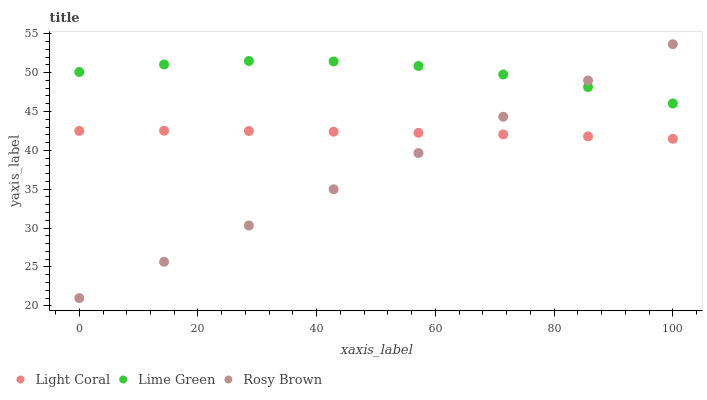
| xaxis_label | Light Coral | Lime Green | Rosy Brown |
 | --- | --- | --- | --- |
 | 0 | 42.5 | 50.1 | 21 |
 | 14.3 | 42.5 | 51 | 25.7 |
 | 28.6 | 42.5 | 51.5 | 30.3 |
 | 42.9 | 42.4 | 51.4 | 35 |
 | 57.1 | 42.3 | 50.9 | 39.7 |
 | 71.4 | 42.1 | 49.8 | 44.3 |
 | 85.7 | 41.8 | 48.2 | 49 |
 | 100 | 41.5 | 46 | 53.7 |